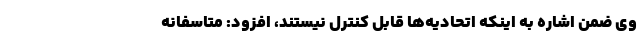
وی ضمن اشاره به اینکه اتحادیه‌ها قابل کنترل نیستند، افزود: متاسفانه